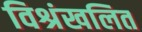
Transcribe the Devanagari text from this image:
विश्रंखलित